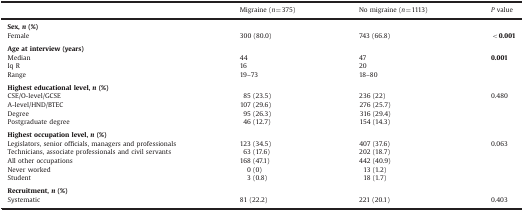
<table><thead><tr><td></td><td><b>Migraine (<i>n</i>=375)</b></td><td><b>No migraine (<i>n</i>=1113)</b></td><td><b><i>P</i> value</b></td></tr></thead><tbody><tr><td><b>Sex,</b><i><b>n</b></i><b>(%)</b></td><td></td><td></td><td></td></tr><tr><td>Female</td><td>300 (80.0)</td><td>743 (66.8)</td><td><b>&lt;0.001</b></td></tr><tr><td colspan="4">  </td></tr><tr><td><b>Age at interview (years)</b></td><td></td><td></td><td></td></tr><tr><td>Median</td><td>44</td><td>47</td><td><b>0.001</b></td></tr><tr><td>Iq R</td><td>16</td><td>20</td><td></td></tr><tr><td>Range</td><td>19–73</td><td>18–80</td><td></td></tr><tr><td colspan="4">  </td></tr><tr><td><b>Highest educational level,</b><i><b>n</b></i><b>(%)</b></td><td></td><td></td><td></td></tr><tr><td>CSE/O-level/GCSE</td><td>85 (23.5)</td><td>236 (22)</td><td>0.480</td></tr><tr><td>A-level/HND/BTEC</td><td>107 (29.6)</td><td>276 (25.7)</td><td></td></tr><tr><td>Degree</td><td>95 (26.3)</td><td>316 (29.4)</td><td></td></tr><tr><td>Postgraduate degree</td><td>46 (12.7)</td><td>154 (14.3)</td><td></td></tr><tr><td colspan="4">  </td></tr><tr><td><b>Highest occupation level,</b><i><b>n</b></i><b>(%)</b></td><td></td><td></td><td></td></tr><tr><td>Legislators, senior officials, managers and professionals</td><td>123 (34.5)</td><td>407 (37.6)</td><td>0.063</td></tr><tr><td>Technicians, associate professionals and civil servants</td><td>63 (17.6)</td><td>202 (18.7)</td><td></td></tr><tr><td>All other occupations</td><td>168 (47.1)</td><td>442 (40.9)</td><td></td></tr><tr><td>Never worked</td><td>0 (0)</td><td>13 (1.2)</td><td></td></tr><tr><td>Student</td><td>3 (0.8)</td><td>18 (1.7)</td><td></td></tr><tr><td colspan="4">  </td></tr><tr><td><b>Recruitment,</b><i><b>n</b></i><b>(%)</b></td><td></td><td></td><td></td></tr><tr><td>Systematic</td><td>81 (22.2)</td><td>221 (20.1)</td><td>0.403</td></tr></tbody></table>